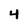
Character: 4